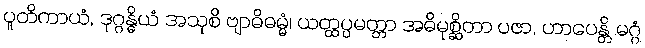
ပူတိကာယံ, ဒုဂ္ဂန္ဓိယံ အသုစိ ဗျာဓိဓမ္မံ၊ ယတ္ထပ္ပမတ္တာ အဓိမုစ္ဆိတာ ပဇာ, ဟာပေန္တိ မဂ္ဂံ